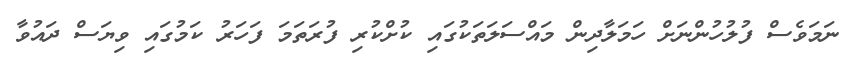
ނަމަވެސް ފުލުހުންނަށް ހަމަލާދިން މައްސަލަތަކުގައި ކުށްކުރި ފުރަތަމަ ފަހަރު ކަމުގައި ވިޔަސް ދައުވާ